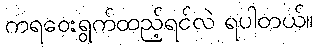
ကရဝေးရွက်ထည့်ရင်လဲ ရပါတယ်။